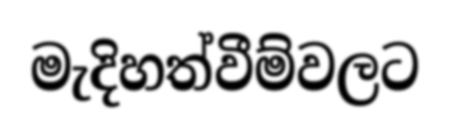
මැදිහත්වීම්වලට